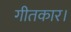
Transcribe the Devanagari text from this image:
गीतकार।